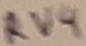
Text: RV4